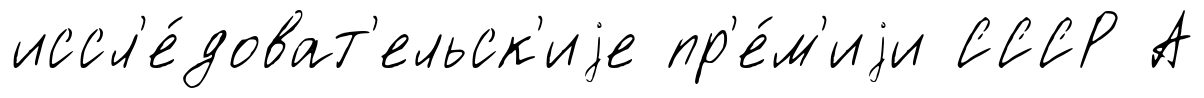
иссл'е́доват'ельск'иjе пр'е́м'иjи СССР А